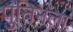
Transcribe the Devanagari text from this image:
पुतिनला